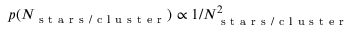
p ( N _ { \mathrm { ~ s ~ t ~ a ~ r ~ s ~ / ~ c ~ l ~ u ~ s ~ t ~ e ~ r ~ } } ) \propto 1 / N _ { \mathrm { ~ s ~ t ~ a ~ r ~ s ~ / ~ c ~ l ~ u ~ s ~ t ~ e ~ r ~ } } ^ { 2 }